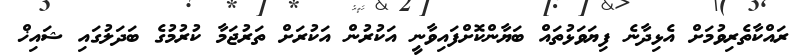
ރައްކާތެރިވުމަށް އެޅިދާނެ ފިޔަވަޅުތައް ބަޔާންކޮށްފައިވާނީ އަކުރުން އަކުރަށް ތަރުޖަމާ ކުރުމުގެ ބަދަލުގައި ޝައިޚް